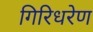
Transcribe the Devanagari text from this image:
गिरिधरेण